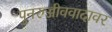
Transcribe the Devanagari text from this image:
पुनरुज्जीववादावर